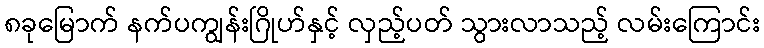
၈ခုမြောက် နက်ပကျွန်းဂြိုဟ်နှင့် လှည့်ပတ် သွားလာသည့် လမ်းကြောင်း